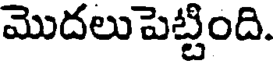
మొదలుపెట్టింది.